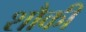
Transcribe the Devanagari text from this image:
शौकी